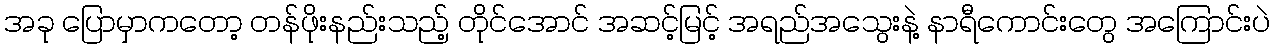
အခု ပြောမှာကတော့ တန်ဖိုးနည်းသည့် တိုင်အောင် အဆင့်မြင့် အရည်အသွေးနဲ့ နာရီကောင်းတွေ အကြောင်းပဲ